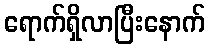
ရောက်ရှိလာပြီးနောက်